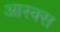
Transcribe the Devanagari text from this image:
आस्क्स